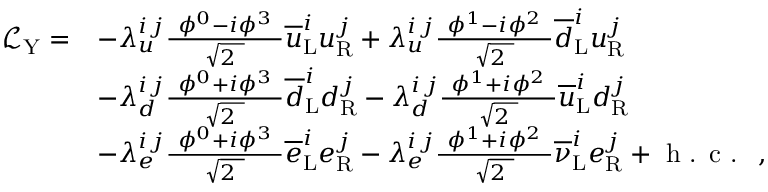
{ \begin{array} { r l } { { \mathcal { L } } _ { \mathrm { Y } } = } & { - \lambda _ { u } ^ { i \, j } { \frac { \ \phi ^ { 0 } - i \phi ^ { 3 } \ } { \sqrt { 2 \ } } } { \overline { { u } } } _ { \mathrm { L } } ^ { i } u _ { \mathrm { R } } ^ { j } + \lambda _ { u } ^ { i \, j } { \frac { \ \phi ^ { 1 } - i \phi ^ { 2 } \ } { \sqrt { 2 \ } } } { \overline { { d } } } _ { \mathrm { L } } ^ { i } u _ { \mathrm { R } } ^ { j } } \\ & { - \lambda _ { d } ^ { i \, j } { \frac { \ \phi ^ { 0 } + i \phi ^ { 3 } \ } { \sqrt { 2 \ } } } { \overline { { d } } } _ { \mathrm { L } } ^ { i } d _ { \mathrm { R } } ^ { j } - \lambda _ { d } ^ { i \, j } { \frac { \ \phi ^ { 1 } + i \phi ^ { 2 } \ } { \sqrt { 2 \ } } } { \overline { { u } } } _ { \mathrm { L } } ^ { i } d _ { \mathrm { R } } ^ { j } } \\ & { - \lambda _ { e } ^ { i \, j } { \frac { \ \phi ^ { 0 } + i \phi ^ { 3 } \ } { \sqrt { 2 \ } } } { \overline { { e } } } _ { \mathrm { L } } ^ { i } e _ { \mathrm { R } } ^ { j } - \lambda _ { e } ^ { i \, j } { \frac { \ \phi ^ { 1 } + i \phi ^ { 2 } \ } { \sqrt { 2 \ } } } { \overline { { \nu } } } _ { \mathrm { L } } ^ { i } e _ { \mathrm { R } } ^ { j } + { \textrm { h . c . } } \ , } \end{array} }